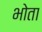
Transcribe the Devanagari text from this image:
भोता